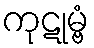
ကုဋုမ္ဗံ